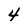
Character: 4